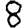
Digit: 8